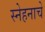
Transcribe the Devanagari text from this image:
स्नेहनाचे